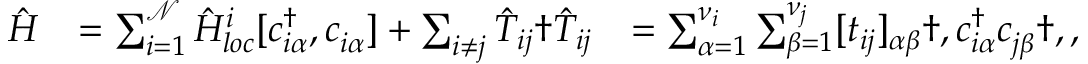
\begin{array} { r l r } { \hat { H } } & { = \sum _ { i = 1 } ^ { \mathcal { N } } \hat { H } _ { l o c } ^ { i } [ c _ { i \alpha } ^ { \dagger } , c _ { i \alpha } ^ { \phantom { \dagger } } ] + \sum _ { i \neq j } \hat { T } _ { i j } \dag \hat { T } _ { i j } } & { = \sum _ { \alpha = 1 } ^ { \nu _ { i } } \sum _ { \beta = 1 } ^ { \nu _ { j } } [ t _ { i j } ] _ { \alpha \beta } \dag , c _ { i \alpha } ^ { \dagger } c _ { j \beta } ^ { \phantom { \dagger } } \dag , , } \end{array}